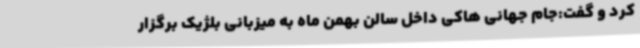
کرد و گفت:جام جهانی هاکی داخل سالن بهمن ماه به میزبانی بلژیک برگزار